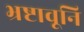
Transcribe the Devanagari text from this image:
भ्रष्टावूनि